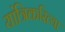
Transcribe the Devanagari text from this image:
यांत्रिकरित्या